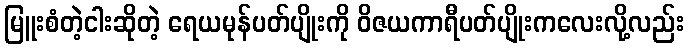
မြူးစံတဲ့ငါးဆိုတဲ့ ရေယမုန်ပတ်ပျိုးကို ဝိဇယကာရီပတ်ပျိုးကလေးလို့လည်း